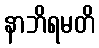
နာဘိရမတိ